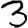
Digit: 3